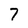
Character: 7